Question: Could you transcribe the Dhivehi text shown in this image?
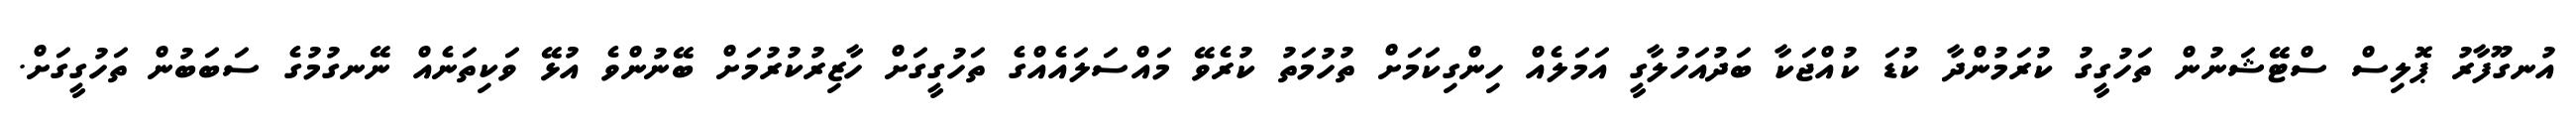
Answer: އުނގޫފާރު ޕޮލިސް ސްޓޭޝަނުން ތަހުގީގު ކުރަމުންދާ ކުޑަ ކުއްޖަކާ ބަދުއަހުލާގީ އަމަލެއް ހިންގިކަމަށް ތުހުމަތު ކުރެވޭ މައްސަލައެއްގެ ތަހުގީގަށް ހާޒިރުކުރުމަށް ބޭނުންވެ އުޅޭ ވަކިތަނެއް ނޭނގުމުގެ ސަބަބުން ތަހުގީގަށް.